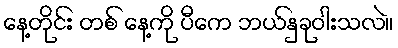
နေ့တိုင်း တစ် နေ့ကို ပီကေ ဘယ်နှခုဝါးသလဲ။